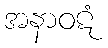
အနာဝဋံ